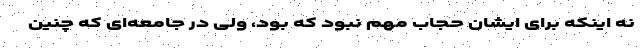
نه اینکه برای ایشان حجاب مهم نبود که بود، ولی در جامعه‌ای که چنین